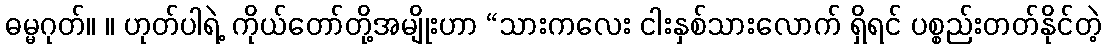
ဓမ္မဂုတ်။ ။ ဟုတ်ပါရဲ့ ကိုယ်တော်တို့အမျိုးဟာ “သားကလေး ငါးနှစ်သားလောက် ရှိရင် ပစ္စည်းတတ်နိုင်တဲ့